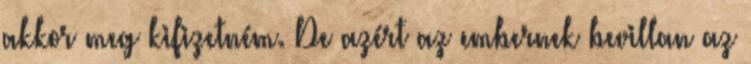
akkor meg kifizetném. De azért az embernek bevillan az